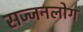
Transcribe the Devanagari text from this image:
सज्जनलोग